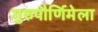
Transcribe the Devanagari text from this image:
गुरुपौर्णिमेला